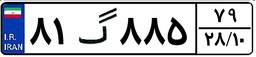
۲۹گ۲۲۳۸۶